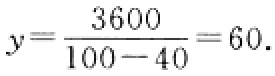
\(y=\frac{3600}{100 - 40}=60.\)